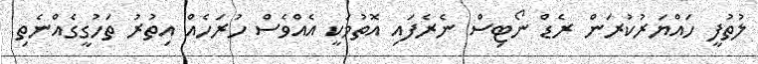
ލުތުފީ ހައްޔަރުކުރަން ރެޑް ނޯޓިސް ނެރެފައި އޮތުމަކީ އެއްވެސް ހުރަހެއް އިތުރު ތަހުގީގެއްނެތި